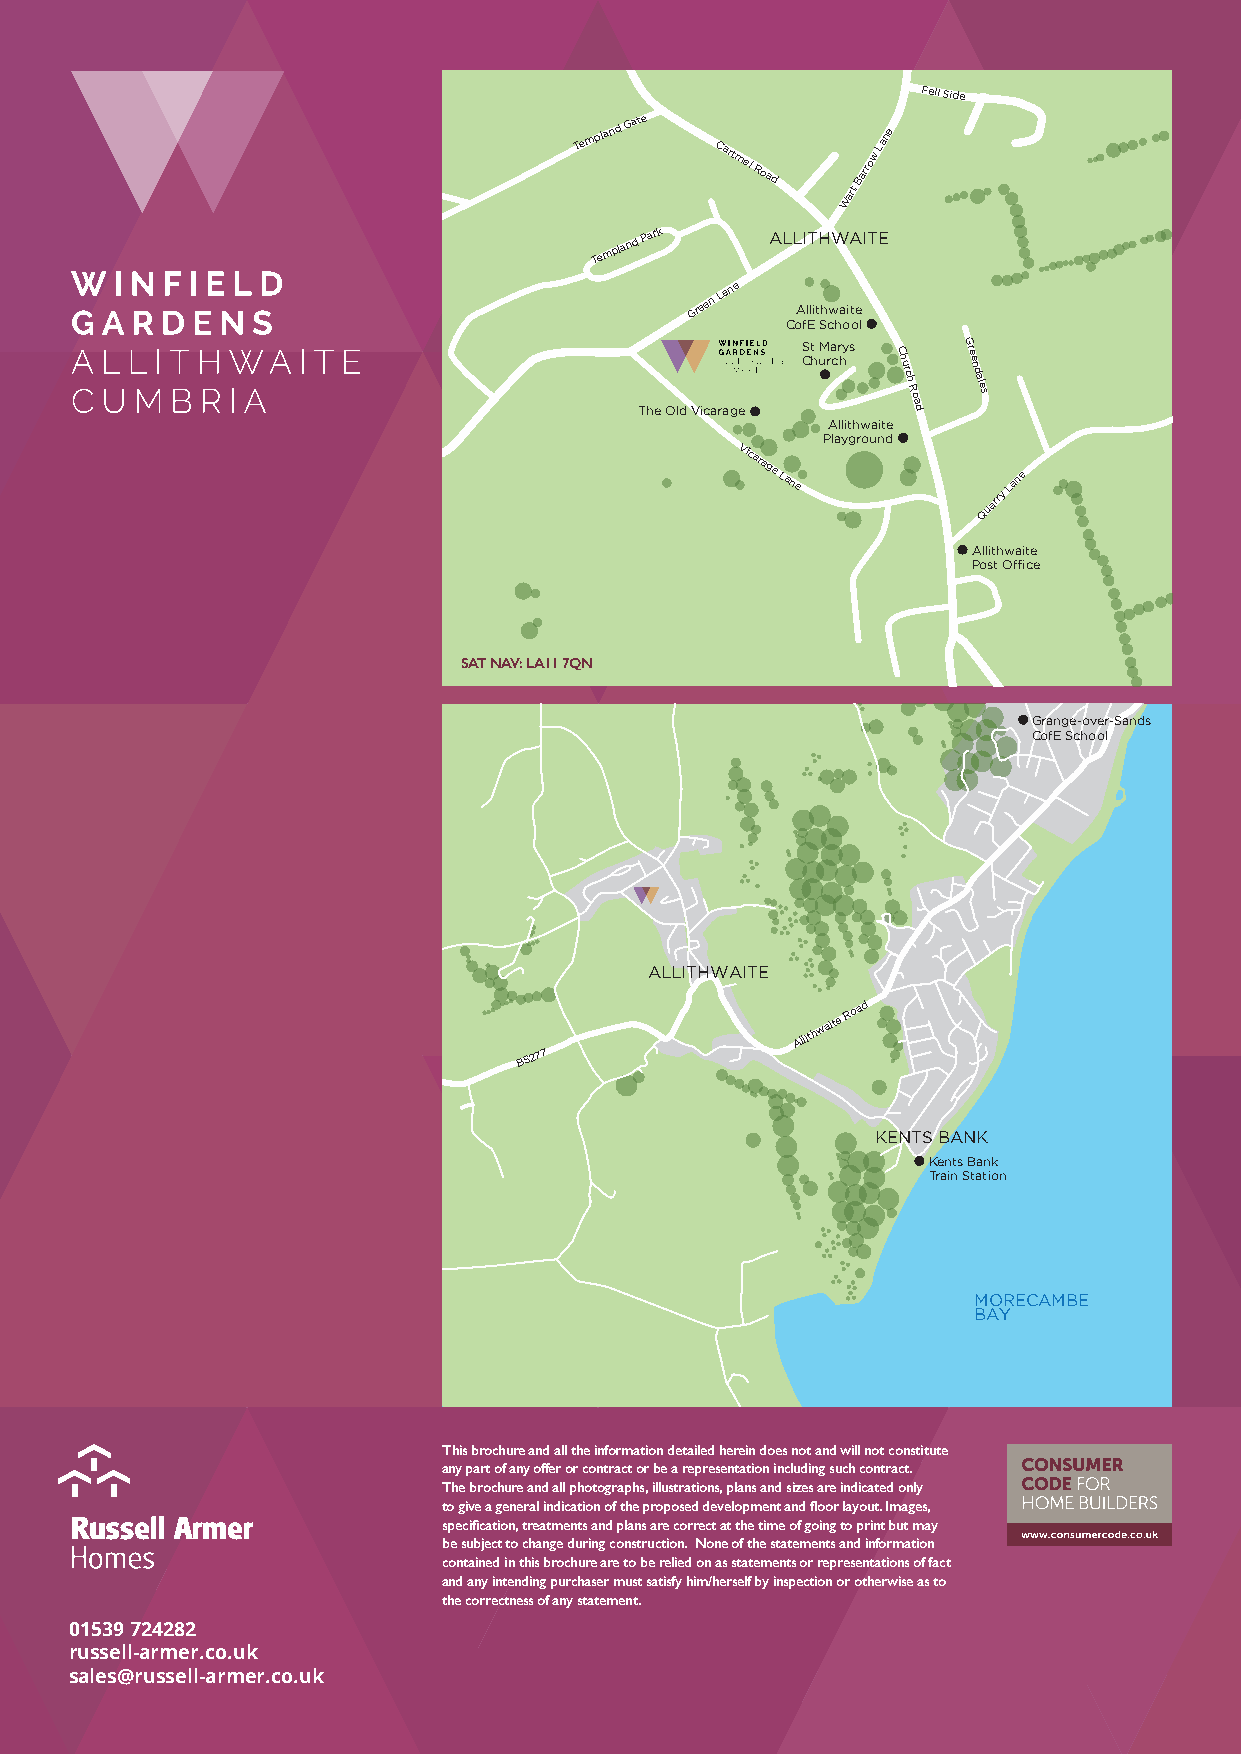
Fell Side
 Templand
 Gate
 Cartmel
 Road
 Wart
 Barrow
 Lane
 Templand Park ALLITHWAITE
 Green
 Lane
 Allithwaite
 CofE School
 S Ct
 h
 M ura cr hys C
 hurch
 R
 o
 G reend
 ales
 The Old Vicarage  ad
 Allithwaite
 Playground
 Vicarage
 Lane
 Quarry
 Lane
 Allithwaite
 Post Office
 SAT NAV: LA11 7QN
 Grange-over-Sands
 CofE School
 ALLITHWAITE
 Allithwaite
 Road
 B5277
 KENTS BANK
 Kents Bank
 Train Station
 MORECAMBE
 BAY
 This brochure and all the information detailed herein does not and will not constitute
 any part of any offer or contract or be a representation including such contract.
 The brochure and all photographs, illustrations, plans and sizes are indicated only
 to give a general indication of the proposed development and floor layout. Images,
 specification, treatments and plans are correct at the time of going to print but may
 be subject to change during construction. None of the statements and information
 contained in this brochure are to be relied on as statements or representations of fact
 and any intending purchaser must satisfy him/herself by inspection or otherwise as to
 the correctness of any statement.
 01539 724282
 russell-armer.co.uk
 sales@russell-armer.co.uk